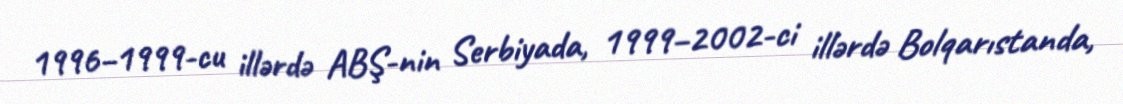
1996–1999-cu illərdə ABŞ-nin Serbiyada, 1999–2002-ci illərdə Bolqarıstanda,